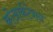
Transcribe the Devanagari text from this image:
कोआर्कटेशन